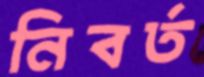
নিবর্ত